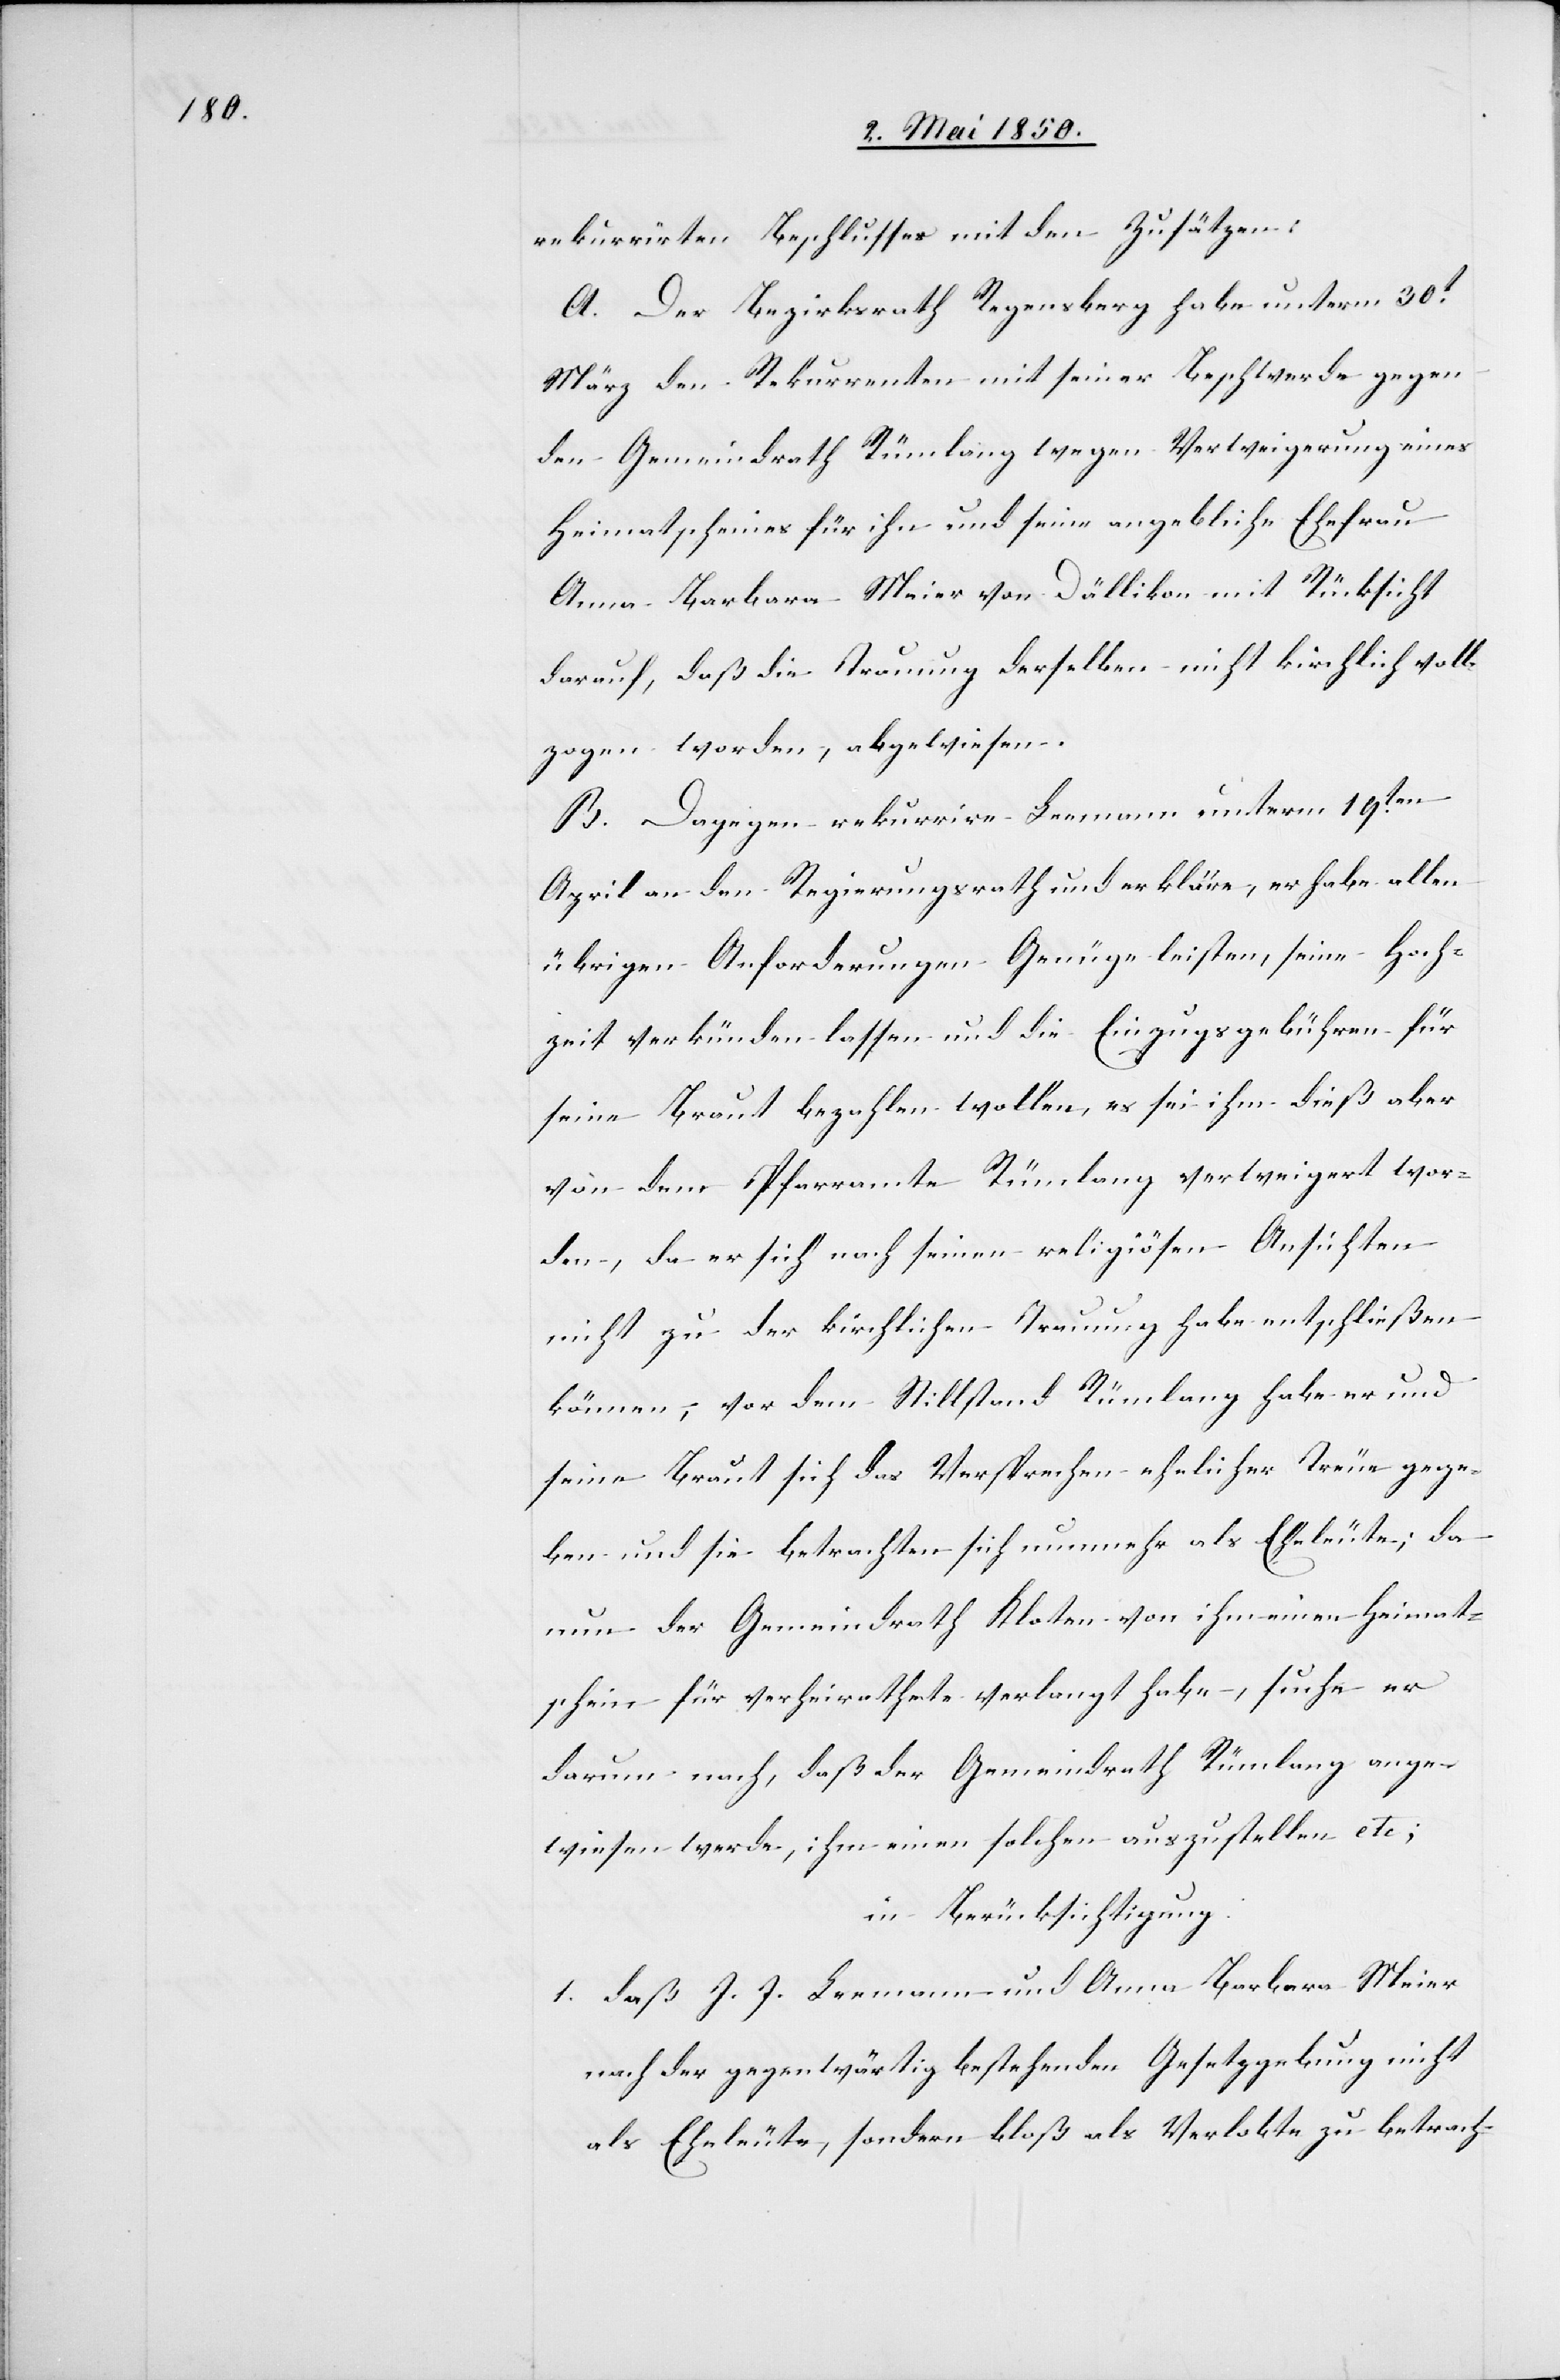
rekurrirten Beschlusses mit den Zusätzen:
A. Der Bezirksrath Regensberg habe unterm 30t
März den Rekurrenten mit seiner Beschwerde gegen
den Gemeindrath Rümlang wegen Verweigerung eines
Heimatscheines für ihn und seine angebliche Ehefrau
Anna Barbara Meier von Dällikon mit Rücksicht
darauf, daß die Trauung derselben nicht kirchlich voll¬
zogen worden, abgewiesen.
B. Dagegen rekurrire Leemann unterm 19ten
April an den Regierungsrath und erkläre, er habe allen
übrigen Anforderungen Genüge leisten, seine Hoch¬
zeit verkünden lassen und die Einzugsgebühren für
seine Braut bezahlen wollen, es sei ihm dieß aber
von dem Pfarramte Rümlang verweigert wor¬
den, da er sich nach seinen religiösen Ansichten
nicht zu der kirchlichen Trauung habe entschließen
können, vor dem Stillstand Rümlang habe er und
seine Braut sich das Versprechen ehelicher Treue gege¬
ben und sie betrachten sich nunmehr als Eheleute; da
nun der Gemeindrath Kloten von ihm einen Heimat¬
schein für verheirathete verlangt habe, suche er
darum nach, daß der Gemeindrath Rümlang ange¬
wiesen werde, ihm einen solchen auszustellen etc;
in Berücksichtigung
1. daß J. J. Leemann und Anna Barbara Meier
nach der gegenwärtig bestehenden Gesetzgebung nicht
als Eheleute, sondern bloß als Verlobte zu betrach-